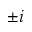
\pm i